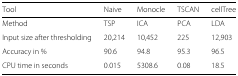
| Tool | Naive | Monocle | TSCAN | cellTree |
 | --- | --- | --- | --- | --- |
 | Method | TSP | ICA | PCA | LDA |
 | Input size after thresholding | 20,214 | 10,452 | 225 | 12,903 |
 | Accuracy in % | 90.6 | 94.8 | 95.3 | 96.5 |
 | CPU time in seconds | 0.015 | 5308.6 | 0.08 | 18.5 |